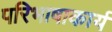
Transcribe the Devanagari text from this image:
परिभाषाकार्य